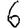
Digit: 6